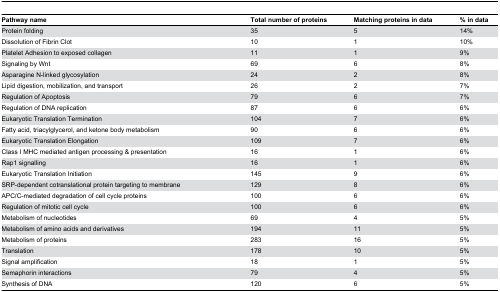
<table><thead><tr><td><b>Pathway name</b></td><td><b>Total number of proteins</b></td><td><b>Matching proteins in data</b></td><td><b>% in data</b></td></tr></thead><tbody><tr><td>Protein folding</td><td>35</td><td>5</td><td>14%</td></tr><tr><td>Dissolution of Fibrin Clot</td><td>10</td><td>1</td><td>10%</td></tr><tr><td>Platelet Adhesion to exposed collagen</td><td>11</td><td>1</td><td>9%</td></tr><tr><td>Signaling by Wnt</td><td>69</td><td>6</td><td>8%</td></tr><tr><td>Asparagine N-linked glycosylation</td><td>24</td><td>2</td><td>8%</td></tr><tr><td>Lipid digestion, mobilization, and transport</td><td>26</td><td>2</td><td>7%</td></tr><tr><td>Regulation of Apoptosis</td><td>79</td><td>6</td><td>7%</td></tr><tr><td>Regulation of DNA replication</td><td>87</td><td>6</td><td>6%</td></tr><tr><td>Eukaryotic Translation Termination</td><td>104</td><td>7</td><td>6%</td></tr><tr><td>Fatty acid, triacylglycerol, and ketone body metabolism</td><td>90</td><td>6</td><td>6%</td></tr><tr><td>Eukaryotic Translation Elongation</td><td>109</td><td>7</td><td>6%</td></tr><tr><td>Class I MHC mediated antigen processing &amp; presentation</td><td>16</td><td>1</td><td>6%</td></tr><tr><td>Rap1 signalling</td><td>16</td><td>1</td><td>6%</td></tr><tr><td>Eukaryotic Translation Initiation</td><td>145</td><td>9</td><td>6%</td></tr><tr><td>SRP-dependent cotranslational protein targeting to membrane</td><td>129</td><td>8</td><td>6%</td></tr><tr><td>APC/C-mediated degradation of cell cycle proteins</td><td>100</td><td>6</td><td>6%</td></tr><tr><td>Regulation of mitotic cell cycle</td><td>100</td><td>6</td><td>6%</td></tr><tr><td>Metabolism of nucleotides</td><td>69</td><td>4</td><td>5%</td></tr><tr><td>Metabolism of amino acids and derivatives</td><td>194</td><td>11</td><td>5%</td></tr><tr><td>Metabolism of proteins</td><td>283</td><td>16</td><td>5%</td></tr><tr><td>Translation</td><td>178</td><td>10</td><td>5%</td></tr><tr><td>Signal amplification</td><td>18</td><td>1</td><td>5%</td></tr><tr><td>Semaphorin interactions</td><td>79</td><td>4</td><td>5%</td></tr><tr><td>Synthesis of DNA</td><td>120</td><td>6</td><td>5%</td></tr></tbody></table>